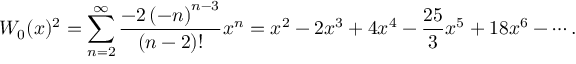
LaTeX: W _ { 0 } ( x ) ^ { 2 } = \sum _ { n = 2 } ^ { \infty } { \frac { - 2 \left( - n \right) ^ { n - 3 } } { ( n - 2 ) ! } } x ^ { n } = x ^ { 2 } - 2 x ^ { 3 } + 4 x ^ { 4 } - { \frac { 2 5 } { 3 } } x ^ { 5 } + 1 8 x ^ { 6 } - \cdots .